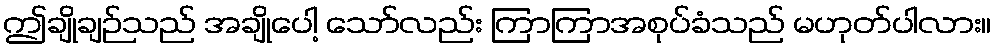
ဤချိုချဉ်သည် အချိုပေါ့ သော်လည်း ကြာကြာအစုပ်ခံသည် မဟုတ်ပါလား။